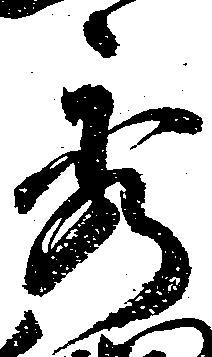
秀